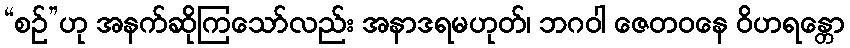
“စဉ်”ဟု အနက်ဆိုကြသော်လည်း အနာဒရမဟုတ်၊ ဘဂဝါ ဇေတဝနေ ဝိဟရန္တော